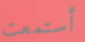
أستمعت